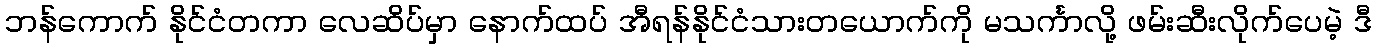
ဘန်ကောက် နိုင်ငံတကာ လေဆိပ်မှာ နောက်ထပ် အီရန်နိုင်ငံသားတယောက်ကို မသင်္ကာလို့ ဖမ်းဆီးလိုက်ပေမဲ့ ဒီ